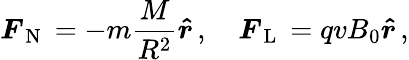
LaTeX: \boldsymbol{F}_{\mathrm{~N~}}=-m\frac{M}{R^{2}}\boldsymbol{\hat{r}}\, ,\quad\boldsymbol{F}_{\mathrm{~L~}}=qvB_{0}\boldsymbol{\hat{r}}\, ,